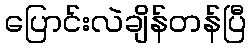
ပြောင်းလဲချိန်တန်ပြီ